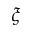
\xi